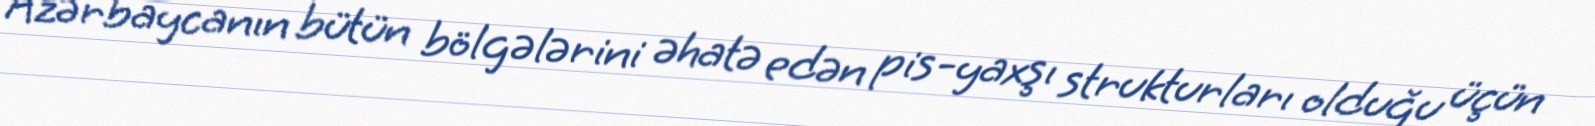
Azərbaycanın bütün bölgələrini əhatə edən pis-yaxşı strukturları olduğu üçün